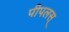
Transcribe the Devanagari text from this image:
पीपलस्